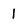
Character: 1